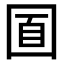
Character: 𡇢